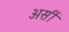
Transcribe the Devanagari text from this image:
असीं